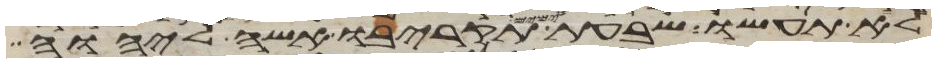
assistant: לא תעשו שבעת ימים תקריבו אשה ליהוה